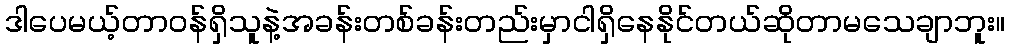
ဒါပေမယ့်တာဝန်ရှိသူနဲ့အခန်းတစ်ခန်းတည်းမှာငါရှိနေနိုင်တယ်ဆိုတာမသေချာဘူး။